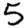
Digit: 5